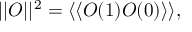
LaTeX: | | O | | ^ { 2 } = \langle \langle O ( 1 ) O ( 0 ) \rangle \rangle ,